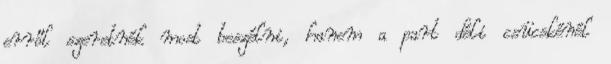
erről szeretnék most beszélni, hanem a part déli csücskénél